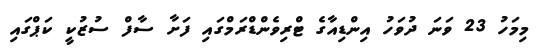
މިމަހު 23 ވަނަ ދުވަހު އިންޑިއާގެ ޓްރިވެންޑްރަމްގައި ފަށާ ސާފް ސުޒުކީ ކަޕްގައި